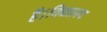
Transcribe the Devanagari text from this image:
है।विद्यालय